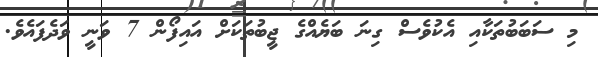
މި ސަބަބުތަކާއި އެކުވެސް ގިނަ ބަޔެއްގެ ޖީބުތަކަށް އައިފޯން 7 ވަނީ ވަދެފައެވެ.